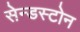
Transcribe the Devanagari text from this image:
सेन्डस्टोन